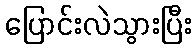
ပြောင်းလဲသွားပြီး